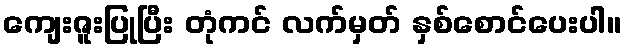
ကျေးဇူးပြုပြီး တုံကင် လက်မှတ် နှစ်စောင်ပေးပါ။